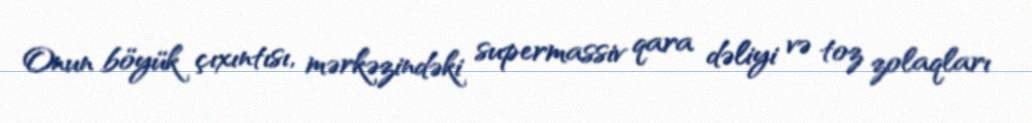
Onun böyük çıxıntısı, mərkəzindəki supermassiv qara dəliyi və toz zolaqları